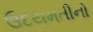
ઉદયમતીનો